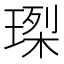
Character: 𤧮